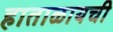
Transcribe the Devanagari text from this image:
हाताळायची